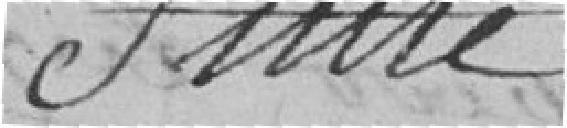
Suite